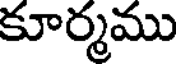
కూర్మము